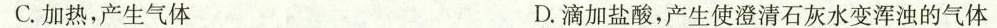
C.加热，产生气体 D.滴加盐酸，产生使澄清石灰水变浑浊的气体